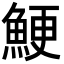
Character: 鯁